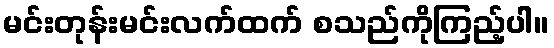
မင်းတုန်းမင်းလက်ထက် စသည်ကိုကြည့်ပါ။